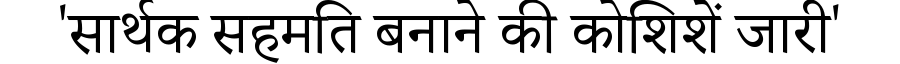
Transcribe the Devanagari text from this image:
'सार्थक सहमति बनाने की कोशिशें जारी'